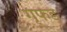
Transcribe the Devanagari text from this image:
गृफड